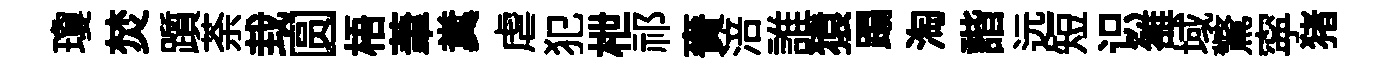
瓊焚躓荼㘽圆梧茟糞虐犯枻祁賚涪誰猿蹋淘諧远短识雒域驚寜猪